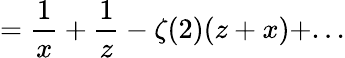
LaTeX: ={\frac{1}{x}}+{\frac{1}{z}}-\zeta(2)(z+x)+...